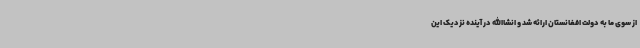
از سوی ما به دولت افغانستان ارائه شد و انشاالله در آینده نزدیک این